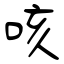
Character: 咳